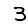
Digit: 3